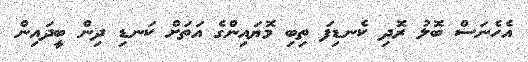
އެހެނަސް ބޮލު ރޮދި ކެނޑިފަ ތިބި މޮޔައިންގެ އަތަށް ކަނޑި ދިން ބީދައިން